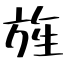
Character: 旌